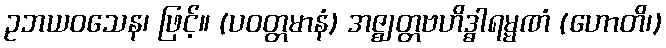
ဥဘယဝသေန၊ ဖြင့်။ (ပဝတ္တမာနံ) အဇ္ဈတ္တဗဟိဒ္ဓါရမ္မဏံ (ဟောတိ၊)